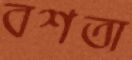
বশতা